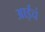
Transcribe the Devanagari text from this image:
आईचं